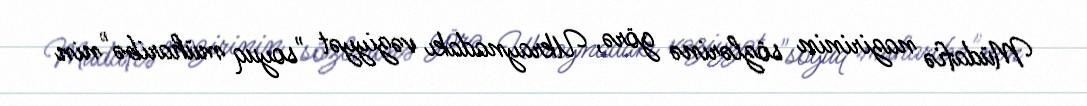
Müdafiə nazirinin sözlərinə görə, Ukraynadakı vəziyyət "soyuq müharibə"nin